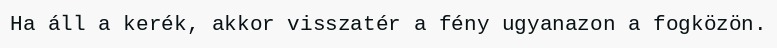
Ha áll a kerék, akkor visszatér a fény ugyanazon a fogközön.